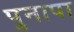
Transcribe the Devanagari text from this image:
पुनापा